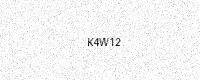
Text: K4W12